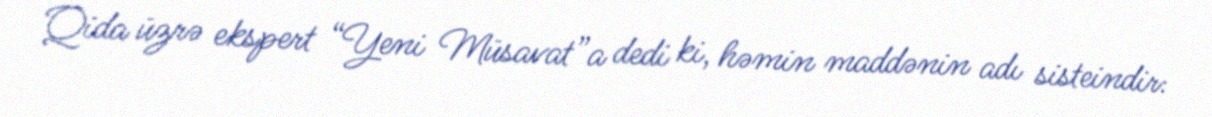
Qida üzrə ekspert “Yeni Müsavat”a dedi ki, həmin maddənin adı sisteindir: